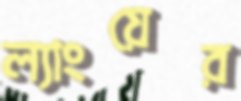
ল্যাংয়ের